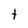
Character: t